Reports on military cantonments and civil stations in the Presidency of Bombay inspected by the Sanitary Commissioner in the years 1875 and 1876
Year: 1875
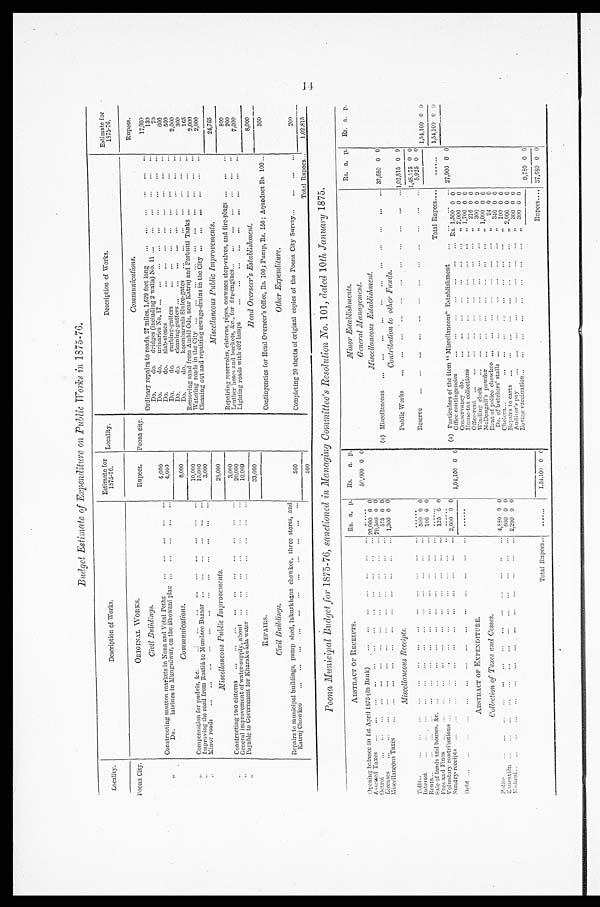
Budget Estimate of Expenditure on Public Works in 1875–76.
Locality.
Description of Works.
Estimate for
1875–76.
Locality.
Description of Works.
Estimate for
1875–76.
Poona City.
ORIGINAL WORKS.
Rupees.
Poona city.
C o m m u n i c a t i o n s .
Rupees.
Civil Buildings.
4,000
Ordinary repairs to roads, 27 miles, 1,620 feet long
. . .
. . .
...
. . .
...
. . .
17,000
130
Do.
do.
Brides (including 2 walls) No. 11 . . .
. . .
. . .
. . .
. .
. . .
Constructing mutton markets in Nana and Fetal Peths
. . .
. . .
. . .
. . .
...
7 0
Do.
do.
urinaries No. 17 ...
...
. . .
. . .
. . .
. . .
. . .
. . .
. . .
600
, ,
Do.
latrines in Mungulwar, On the Bhowani plan
. . .
. . .
. . .
. . . ...
4,000
Do.
do.
slab - stones
. . .
. . . . . . .
. . .
. . .
. . .
. . .
. . .
500
Do.
do.
curbing-gutters
. . .
. . . . . .
. . .
. . .
. . .
. . .
. . .
, ,
Communications.
8,000
2,000
Do.
do.
cleaning- gutters ...
. . .
. . .
. . .
. . .
. . .
. . .
. . .
. . .
300
Do,
do.
koombarvais Sluice-gates
. . . .
. . .
. . .
. . .
. . .
. . .
. . .
165
Compensation for pudvis, &c.
...
...
...
. . . ...
. . .
. . .
. . .
...
10,000
Removing sand from Ambil Oda, near Katruj and Parbutti Tanks ...
. . .
...
. . .
2,00
Watering roads in the City ...
...
. . . ...
. . .
. . .
. . .
. . .
. . .
. .
15,000
Improving the road from Rastia to Mundaee Bazaar ...
. . .
. . .
. . .
...
2,000
, ,
3,000
Cleaning out and repairing sewage-drains in the City ...
...
. . .
. . .
. . .
. . .
M i n o r r o a d s
...
...
...
...
... ...
...
. . .
. . .
. . .
. . .
...
, , ,
Miscellaneous Public Improvements.
28,000
Miscellaneous Public Improvements.
24,765
, ,
Constructing two cisterns
...
...
...
...
. . .
. . .
. . .
. . .
. . .
. . .
3,000
Repairing reservoirs, cisterns. pipes, ooswases stop-valves, and fire-plugs . . .
...
...
800
200
Leather hoses and buckets, &c., for fire-engines... ...
. . .
„.
. . .
. . .
. . .
. . .
20,000
General improvement of water-supply, about
. . .
. . .
. . .
. . .
. . .
. . .
. . .
, ,
Lighting roads with 402 lamps
...
... ...
. . .
. . .
. . .
. . .
. . .
. . .
7,090
10.000
Payable to Government for Kharakwásla water ...
. . .
. . .
. . .
. . .
. . .
. . .
, ,
33,000
Head Overseer's Establishment .
8,000
REPAIRS.
Contingencies for Head Overseer's Office, Rs. 100 ; Pump, Rs. 150; Aqueduct Rs. 100 ...
350
Civil Buildings.
Other Expenditure.
Repairs to municipal buildings, pump shed, lukurkhana chowkee, three stores, and
Katruj Chowkee . . .
. . .
. . .
. . .
. . .
. . .
. . .
. . .
. . .
. . .
. . .
500
Completing 20 sheets of original copies of the Poona City Survey-
. . .
. . .
. . .
200
500
Total Rupees.. .
1.02,815
Poona Municipal Budget for 1875–76, sanctioned in Managing C ommittee's Resolution No. 101, dated 10th January 1875.
ABSTRACT OF RECEIPTS,
Rs. a. p.
Rs.
a.
p.
M i n o r E s t a b l i s h m e n t s .
Rs. a. p.
Rs. a. p.
Opening balance on 1st April 1875 (in Bank)
...
. . .
...
. . .
...
...
....
.....
50,000 0 0
General Management.
Assessed Taxes
...
...
. . .
...
. . .
...
... ...
...
...
...
. . . 20,000 0 0
Miscellaneous Establishment.
79,500 0 0
Octroi
. . .
...
...
...
...
...
... ...
...
...
...
. . .
5 7 5 0 0
(a) Miscellaneous
. . . ,,,
... 37,680 0 0
Licenses ...
...
...
...
...
...
...
...
...
...
...
...
...
1,300 0 0
Miscellancous Taxes ...
...
...
...
...
... ...
...
...
...
...
Contribution to other Funds.
Miscellaneous Receipts.
Public Works ...
. . .
. . .
. . .
. . .
. . .
. . .
...
. . .
. . .
... 1,02,815 0 9
Tolls... ... ...
...
...
... ...
. . . . . .
... ...
...
...
......
1,48,175 0 0
Interest
... ...
...
...
...
...
...
... ...
...
...
... ...
500 0 0
Reserve
...
...
...
. . .
. . .
. . .
. . .
. . .
...
. . .
. . .
. . .
5 , 9 2 5
0 0
Rents.
... ...
...
...
...
...
...
... ...
...
...
... ...
100 0 0
T o t a l R u p e e s . . .
1,54,100 0 0
Sale of lands and houses. &c.
. . .
. . .
. . . ...
. . .
. . .
. . .
. . .
. . .
. . .
. . . . . .
1,54,100 0 0
Fees and Pines
„.
...
. . .
, , .
„.
. . .
...
. . .
. . .
. . .
. . . ...
125 0 0
......,
Voluntary contribution
. . . ...
...
. . .
. . .
. . .
. . .
. . .
. . .
. . .
. . . ......
(a) Particulars of the item " Miscellaneous" Establishmment...
...
. . .
. . . . . . ... 27,900 0 0
Sundry receipts ..,
. . . . . .
. . .
. . .
. . .
. . .
. . . ...
...
...
.,. 2,000 0 0
Debt ...
. . .
. . .
. . . . . .
. . .
. . . ...
. . .
. . .
. . .
. . .
. . .
. . .
1,04,100 0 0
Office contingencies
. . .
. . .
. . .
. . .
. . .
. . .
... Rs
1 , 5 0 0 0
0
Conservancy do.
. . .
. . .
. . .
. . .
. . .
. . .
...
, , 2,000 0 0
House-tax collections
. . .
. . .
. . .
. . .
. . .
. . .
...
, ,1,700 0 0
ABSTRACT OF EXPENDITURE.
Office-rent
. . .
. . .
. . .
. . .
. . .
. . .
. . .
. . .
... ,, 216 0 0
Wi ndi ng cl ock
...
...
.,.
...
...
. . . ...
. . . , , 300 0
9
Collection of Taxes and Cesses.
McDougal l ' s powder
. . .
. . .
. . .
. . .
. . .
. . .
. . . , , 1,000 0 0
Rent of policechowkee . . .
. . .
. . .
. . .
. . . . . . .
. . . , , 24 0 0
Police ...
. . . ...
. . .
. . .
. . .
. . . . . .
. . .
. . .
. . .
. . .
. . . 4,880 0 0
Do. of butchers' stalls ...
. . .
. . .
. . .
. . .
. . .
..
, , 340 0 0
Education . . .
. . .
...
. . .
. . .
. . .
. . .
. . .
. . .
. . .
. . .
. . .
. . . 600 0 0
Cholera..
...
. . .
. . .
. . .
. . .
. . .
. . .
. . .
...
, , 100 0 0
Medical.
...
. . .
...
. . .
. . . . . .
. . .
. . .
. . . ...
. . . ...
... 2,200 0 0
Repairs to carts
. . .
. . .
. . .
. . .
. . .
. . .
. . .
...
. . .
2 , 0 0 0
0 0
Auditor's pay
...
. . .
. . .
. . .
. . .
. . .
. . .
. . . ,, 300 0 0
Bovine vaccination._ ...
...
...
...
. . .
. . .
. . .
...
, , 300 0 0
9,780 0 0
Total Ru pees ...
.......
1,54,100 0 0
Rupees.. . . . 37,680 0 0